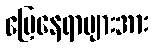
မြေနေရာများအား